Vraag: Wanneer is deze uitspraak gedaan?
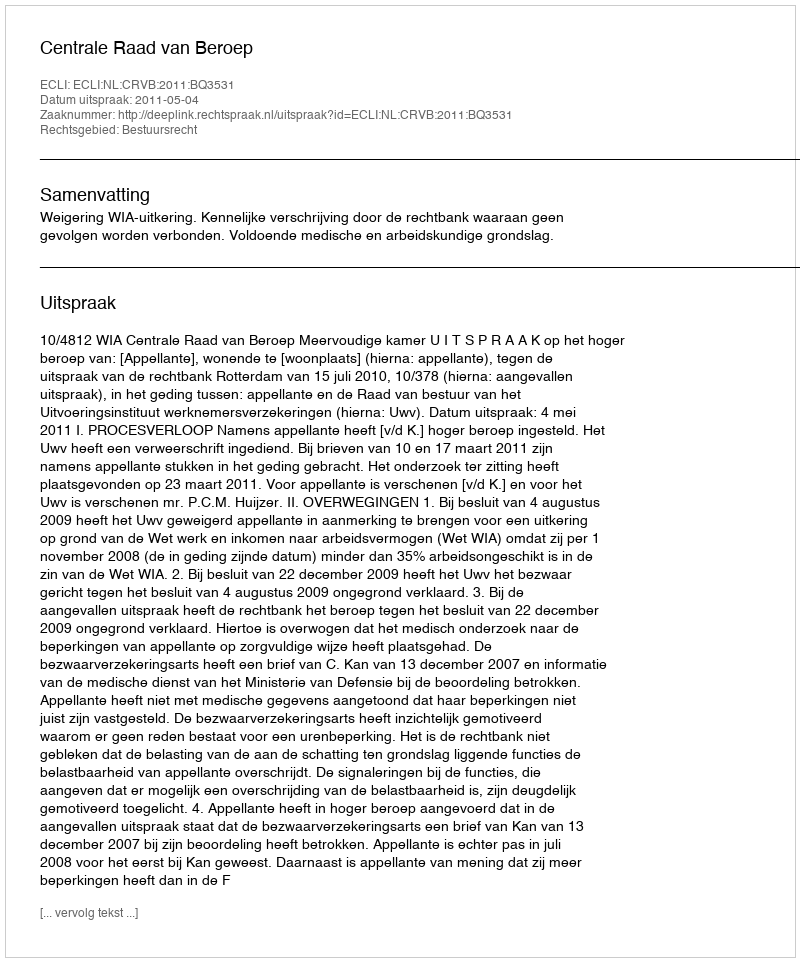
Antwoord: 2011-05-04